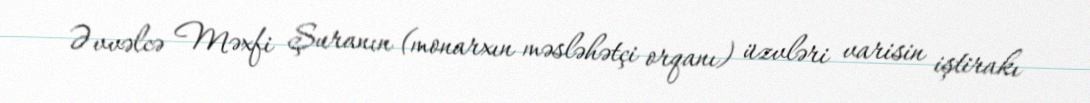
Əvvəlcə Məxfi Şuranın (monarxın məsləhətçi orqanı) üzvləri varisin iştirakı